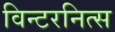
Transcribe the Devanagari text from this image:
विन्टरनित्स